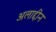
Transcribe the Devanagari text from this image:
अलाद्दीन